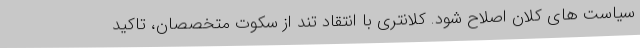
سیاست های کلان اصلاح شود. کلانتری با انتقاد تند از سکوت متخصصان، تاکید